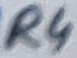
Text: R4